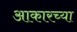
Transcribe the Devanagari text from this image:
आकारच्या